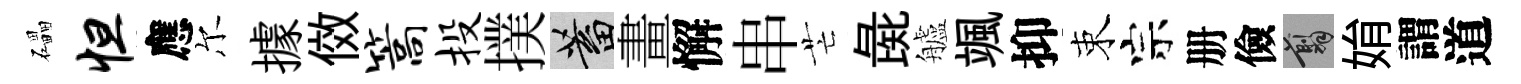
礧怛應尔據傚篙投撲蓄畫懈串芒彘艫颯抑束宗册儉翦姢謂道